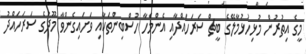
މީގެ އިތުރުން މުޅިހުޅުމާލޭގެ ބީޗް ސަރަހައްދާއި އެންމެހާ ހުސްބިންތަކާއި ވަށައިގެންވާ މޫދުގެ ސަރަހައްދު